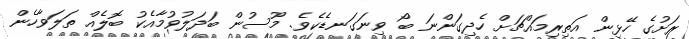
ރަށުގެ ހޭޅިން އަތިރިމައްޗަށް ހެދިގަންނަ ބޯ ވިނަގަނޑެކެވެ. މޫސުން ބަދަލުވުމާއެކު ބޮލެއް ތަލަވާހެން